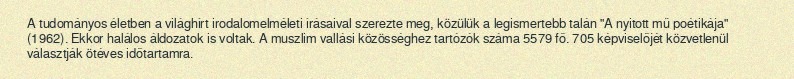
A tudományos életben a világhírt irodalomelméleti írásaival szerezte meg, közülük a legismertebb talán "A nyitott mű poétikája" (1962). Ekkor halálos áldozatok is voltak. A muszlim vallási közösséghez tartózók száma 5579 fő. 705 képviselőjét közvetlenül választják ötéves időtartamra.